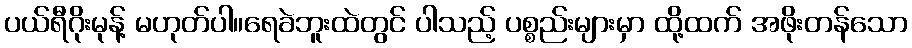
ပယ်ရီဂိုးမုန့် မဟုတ်ပါ။ရေခဲဘူးထဲတွင် ပါသည့် ပစ္စည်းများမှာ ထို့ထက် အဖိုးတန်သော